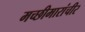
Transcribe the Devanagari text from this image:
मच्छीमारांचीर